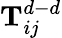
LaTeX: \textbf{T}_{ij}^{d-d}